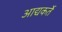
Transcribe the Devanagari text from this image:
आद्यकर्ते